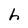
Character: h